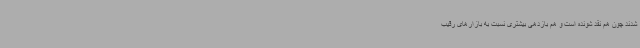
شدند چون هم نقد شونده است و هم بازدهی بیشتری نسبت به بازارهای رقیب